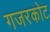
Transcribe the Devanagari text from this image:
गजरकोट